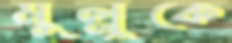
মুল্লুকে